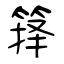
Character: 箨